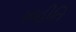
માહીતિ